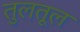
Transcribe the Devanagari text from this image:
तुलतूल